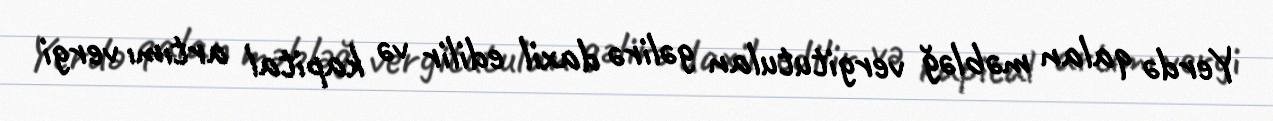
Yerdə qalan məbləğ vergitutulan gəlirə daxil edilir və kapital artımı vergi